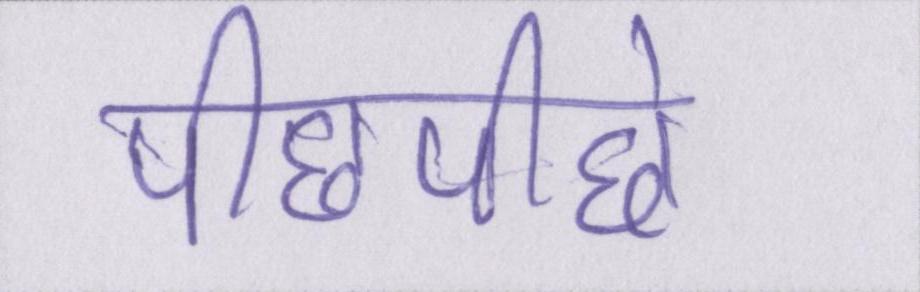
पीछेपीछे